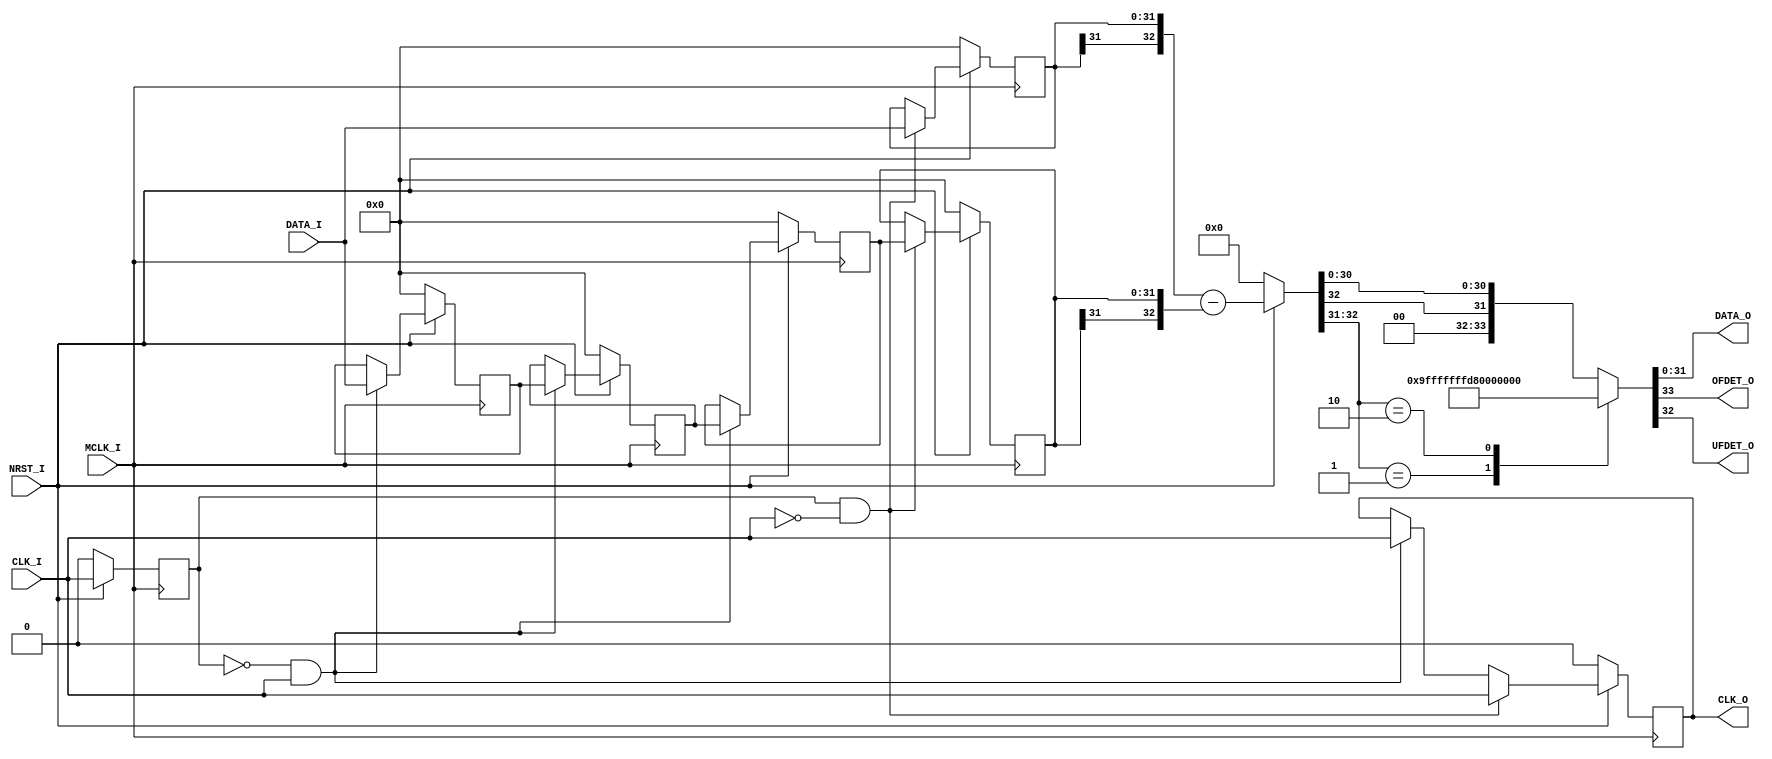
// This program was cloned from: https://github.com/AUDIY/AUDIY_Verilog_IP
// License: CERN Open Hardware Licence Version 2 - Permissive

/*-----------------------------------------------------------------------------
* DIFFERENTIATOR_BACK.v
*
* Back Eular Method Differentiator (w/ M-length Latch) Module
*
* Version: 1.02
* 
* Port
*   Input
*       MCLK_I : Master Clock Input
*       CLK_I  : Data Clock Input
*       DATA_I : Data Input (Width: DATA_BIT_WIDTH)
*       NRST_I : Synchronous Reset Input (Active LOW)
*
*   Output
*       CLK_O  : Data Clock Output
*       DATA_O : Differentiated Data Output
*       OFDET_O: Overflow Detection
*                1'b1: Overflow
*                1'b0: Valid (NOT Overflow)
*       UFDET_O: Underflow Detection
*                1'b1: Underflow
*                1'b0: Valid (NOT Underflow)
*
* Parameters
*   DATA_BIT_WIDTH: Input Data Bit Width (Default: 32)
*   LATCH_LENGTH  : Data Latch Length (Default: 3)
*
* License under CERN-OHL-P v2
--------------------------------------------------------------------------------
| Copyright AUDIY 2024.                                                        |
|                                                                              |
| This source describes Open Hardware and is licensed under the CERN-OHL-P v2. |
|                                                                              |
| You may redistribute and modify this source and make products using it under |
| the terms of the CERN-OHL-P v2 (https:/cern.ch/cern-ohl).                    |
|                                                                              |
| This source is distributed WITHOUT ANY EXPRESS OR IMPLIED WARRANTY,          |
| INCLUDING OF MERCHANTABILITY, SATISFACTORY QUALITY AND FITNESS FOR A         |
| PARTICULAR PURPOSE. Please see the CERN-OHL-P v2 for applicable conditions.  |
--------------------------------------------------------------------------------
*
-----------------------------------------------------------------------------*/
module DIFFERENTIATOR_BACK #(
    /* Parameter Definition */
    parameter DATA_BIT_WIDTH = 32,
    parameter LATCH_LENGTH = 3
)(
    /* Input Port Definition */
    input  wire                              MCLK_I ,
    input  wire                              CLK_I  ,
    input  wire signed  [DATA_BIT_WIDTH-1:0] DATA_I ,
    input  wire                              NRST_I ,
    /* Output Port Definition */
    output wire                              CLK_O  ,
    output wire signed  [DATA_BIT_WIDTH-1:0] DATA_O ,
    output wire                              OFDET_O,
    output wire                              UFDET_O
);

    /* Internal Wire/Reg Definition */
    reg     CLKI_REG =               1'b0;
    reg     CLKO_REG =               1'b0;
    reg     signed [DATA_BIT_WIDTH-1:0] DATA_REG_POS [0:LATCH_LENGTH-1];
    reg     signed [DATA_BIT_WIDTH-1:0] DATAI_REG    = {(DATA_BIT_WIDTH){1'b0}};
    reg     signed [DATA_BIT_WIDTH-1:0] DATA_REG_NEG = {(DATA_BIT_WIDTH){1'b0}};
    wire    signed [DATA_BIT_WIDTH:0]   DIFF_DATA;
    integer ii       =               0;

    /* Initialize the shift register */
    generate
        genvar i;
        for (i = 0; i < LATCH_LENGTH; i = i + 1) begin : gen_init1
            initial begin
                DATA_REG_POS[i] = {(DATA_BIT_WIDTH){1'b0}};
            end
        end
    endgenerate

    always @(posedge MCLK_I ) begin
        if (NRST_I == 1'b0) begin
            CLKI_REG                     <=                   1'b0;
            CLKO_REG                     <=                   1'b0;
            DATAI_REG                    <= {(DATA_BIT_WIDTH){1'b0}};
            DATA_REG_NEG                 <= {(DATA_BIT_WIDTH){1'b0}};

            /* Reset Shit Register */
            for (ii = 0; ii < LATCH_LENGTH; ii = ii + 1) begin : for_reset1
                DATA_REG_POS[ii] <= {(DATA_BIT_WIDTH){1'b0}};
            end
        end else begin
            CLKI_REG <= CLK_I;

            /* Positive Edge of Data Clock (CLK_I) */
            if ((CLKI_REG == 1'b0) && (CLK_I == 1'b1)) begin
                CLKO_REG <= CLK_I;
                for (ii = 0; ii < LATCH_LENGTH; ii = ii + 1) begin : for_normal
                    if (ii == 0) begin
                        DATA_REG_POS[ii] <= DATA_I;
                    end else begin
                        DATA_REG_POS[ii] <= DATA_REG_POS[ii - 1];
                    end
                end
            end

            /* Negative Edge of Data Clock (CLK_I) */
            if ((CLKI_REG == 1'b1) && (CLK_I == 1'b0)) begin
                CLKO_REG     <= CLK_I                       ;
                DATAI_REG    <= DATA_I                      ;
                DATA_REG_NEG <= DATA_REG_POS[LATCH_LENGTH-1];
            end
        end
    end

    /* Output Assign */
    assign  CLK_O                       =  CLKO_REG;
    assign  DIFF_DATA                   = (NRST_I == 1'b0) ? {(DATA_BIT_WIDTH+1){1'b0}} : {DATAI_REG[DATA_BIT_WIDTH-1], DATAI_REG} - {DATA_REG_NEG[DATA_BIT_WIDTH-1], DATA_REG_NEG};
    assign {OFDET_O  , UFDET_O, DATA_O} =  assign_out(DIFF_DATA);

    /* Overflow/Underflow Detection & Output alligning */
    function [DATA_BIT_WIDTH+1:0] assign_out;
        input [DATA_BIT_WIDTH:0] DIFFDATA;
    begin
        case (DIFFDATA[DATA_BIT_WIDTH:DATA_BIT_WIDTH-1])
            2'b01: begin
                // Overflow
                // Ex. 5'b01111 + 5'b00001 = 5'b01111 (6'b010000)
                assign_out = {1'b1, 1'b0, 1'b0, {(DATA_BIT_WIDTH-1){1'b1}}};
            end

            2'b10: begin
                // Underflow
                // Ex. 5'b10000 + 5'b11110 = 5'b10000 (6'b101111)
                assign_out = {1'b0, 1'b1, 1'b1, {(DATA_BIT_WIDTH-1){1'b0}}};
            end 

            default: begin
                // Normal Operation
                assign_out = {1'b0, 1'b0, DIFFDATA[DATA_BIT_WIDTH], DIFFDATA[DATA_BIT_WIDTH-2:0]};
            end
        endcase
    end    
    endfunction

endmodule